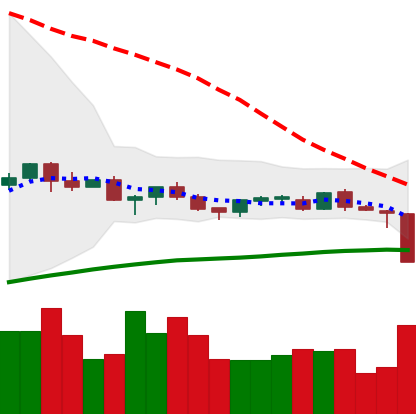
Ticker: TRX-USD
Chart end date: 2021-06-21
Forward return: 17.005%
Label: up_7plus